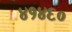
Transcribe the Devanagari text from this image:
४१४६०